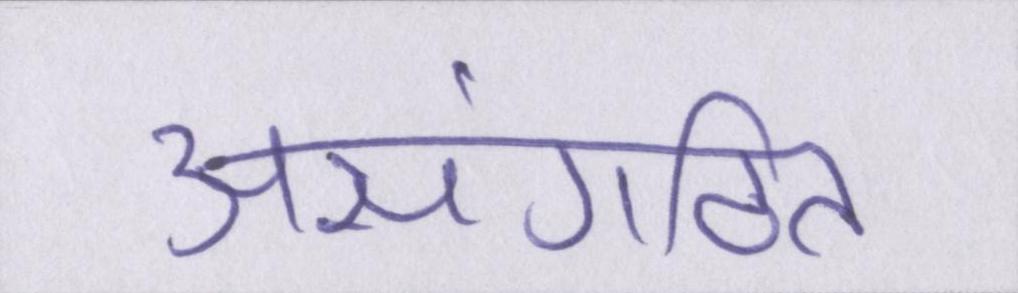
असंगठित